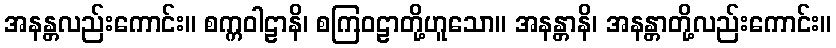
အနန္တလည်းကောင်း။ စက္ကဝါဠာနိ၊ စကြဝဠာတို့ဟူသော။ အနန္တာနိ၊ အနန္တာတို့လည်းကောင်း။